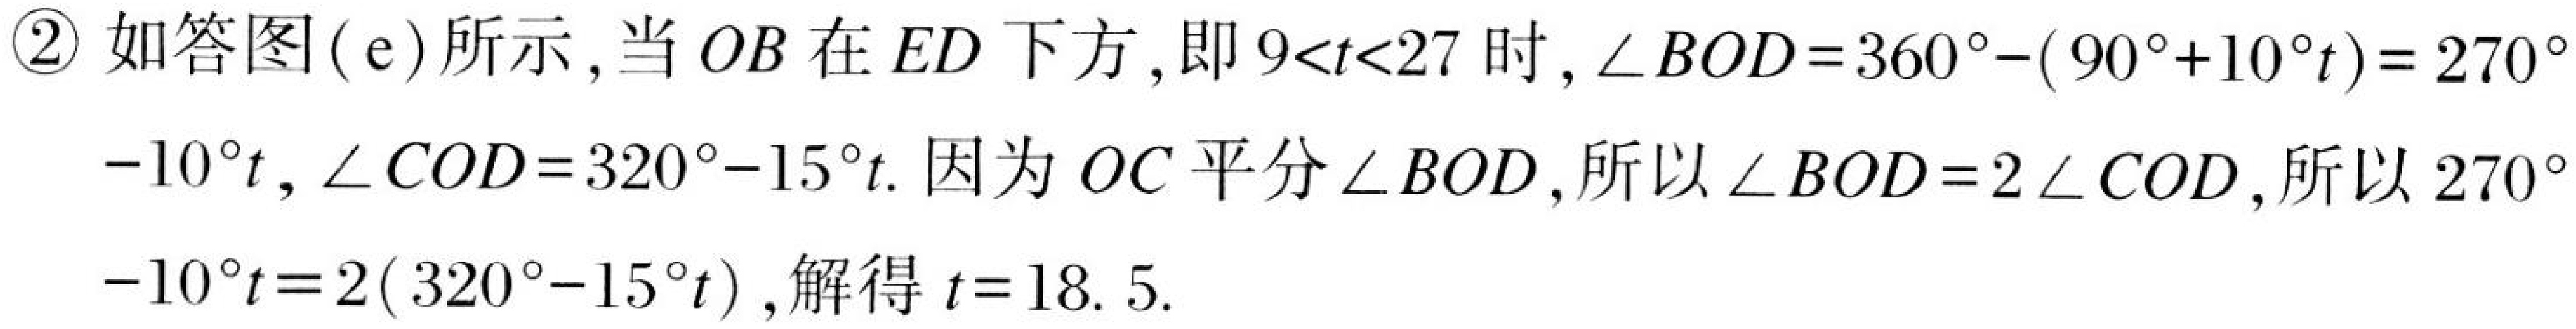
\textcircled{2}如答图(e)所示,当 \(OB\) 在 \(ED\) 下方,即 \(9<t<27\) 时, \(\angle BOD = 360^{\circ}-(90^{\circ}+10^{\circ}t)=270^{\circ}-10^{\circ}t\), \(\angle COD = 320^{\circ}-15^{\circ}t\). 因为 \(OC\) 平分 \(\angle BOD\),所以 \(\angle BOD = 2\angle COD\),所以 \(270^{\circ}-10^{\circ}t = 2(320^{\circ}-15^{\circ}t)\),解得 \(t = 18.5\).